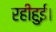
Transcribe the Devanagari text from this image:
रहीहुई।